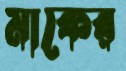
মাকের